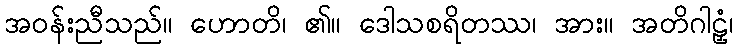
အဝန်းညီသည်။ ဟောတိ၊ ၏။ ဒေါသစရိတဿ၊ အား။ အတိဂါဠှံ၊